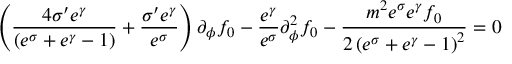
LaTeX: \left( \frac { 4 \sigma ^ { \prime } e ^ { \gamma } } { \left( e ^ { \sigma } + e ^ { \gamma } - 1 \right) } + \frac { \sigma ^ { \prime } e ^ { \gamma } } { e ^ { \sigma } } \right) \partial _ { \phi } f _ { 0 } - \frac { e ^ { \gamma } } { e ^ { \sigma } } \partial _ { \phi } ^ { 2 } f _ { 0 } - \frac { m ^ { 2 } e ^ { \sigma } e ^ { \gamma } f _ { 0 } } { 2 \left( e ^ { \sigma } + e ^ { \gamma } - 1 \right) ^ { 2 } } = 0